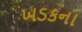
ખડકના